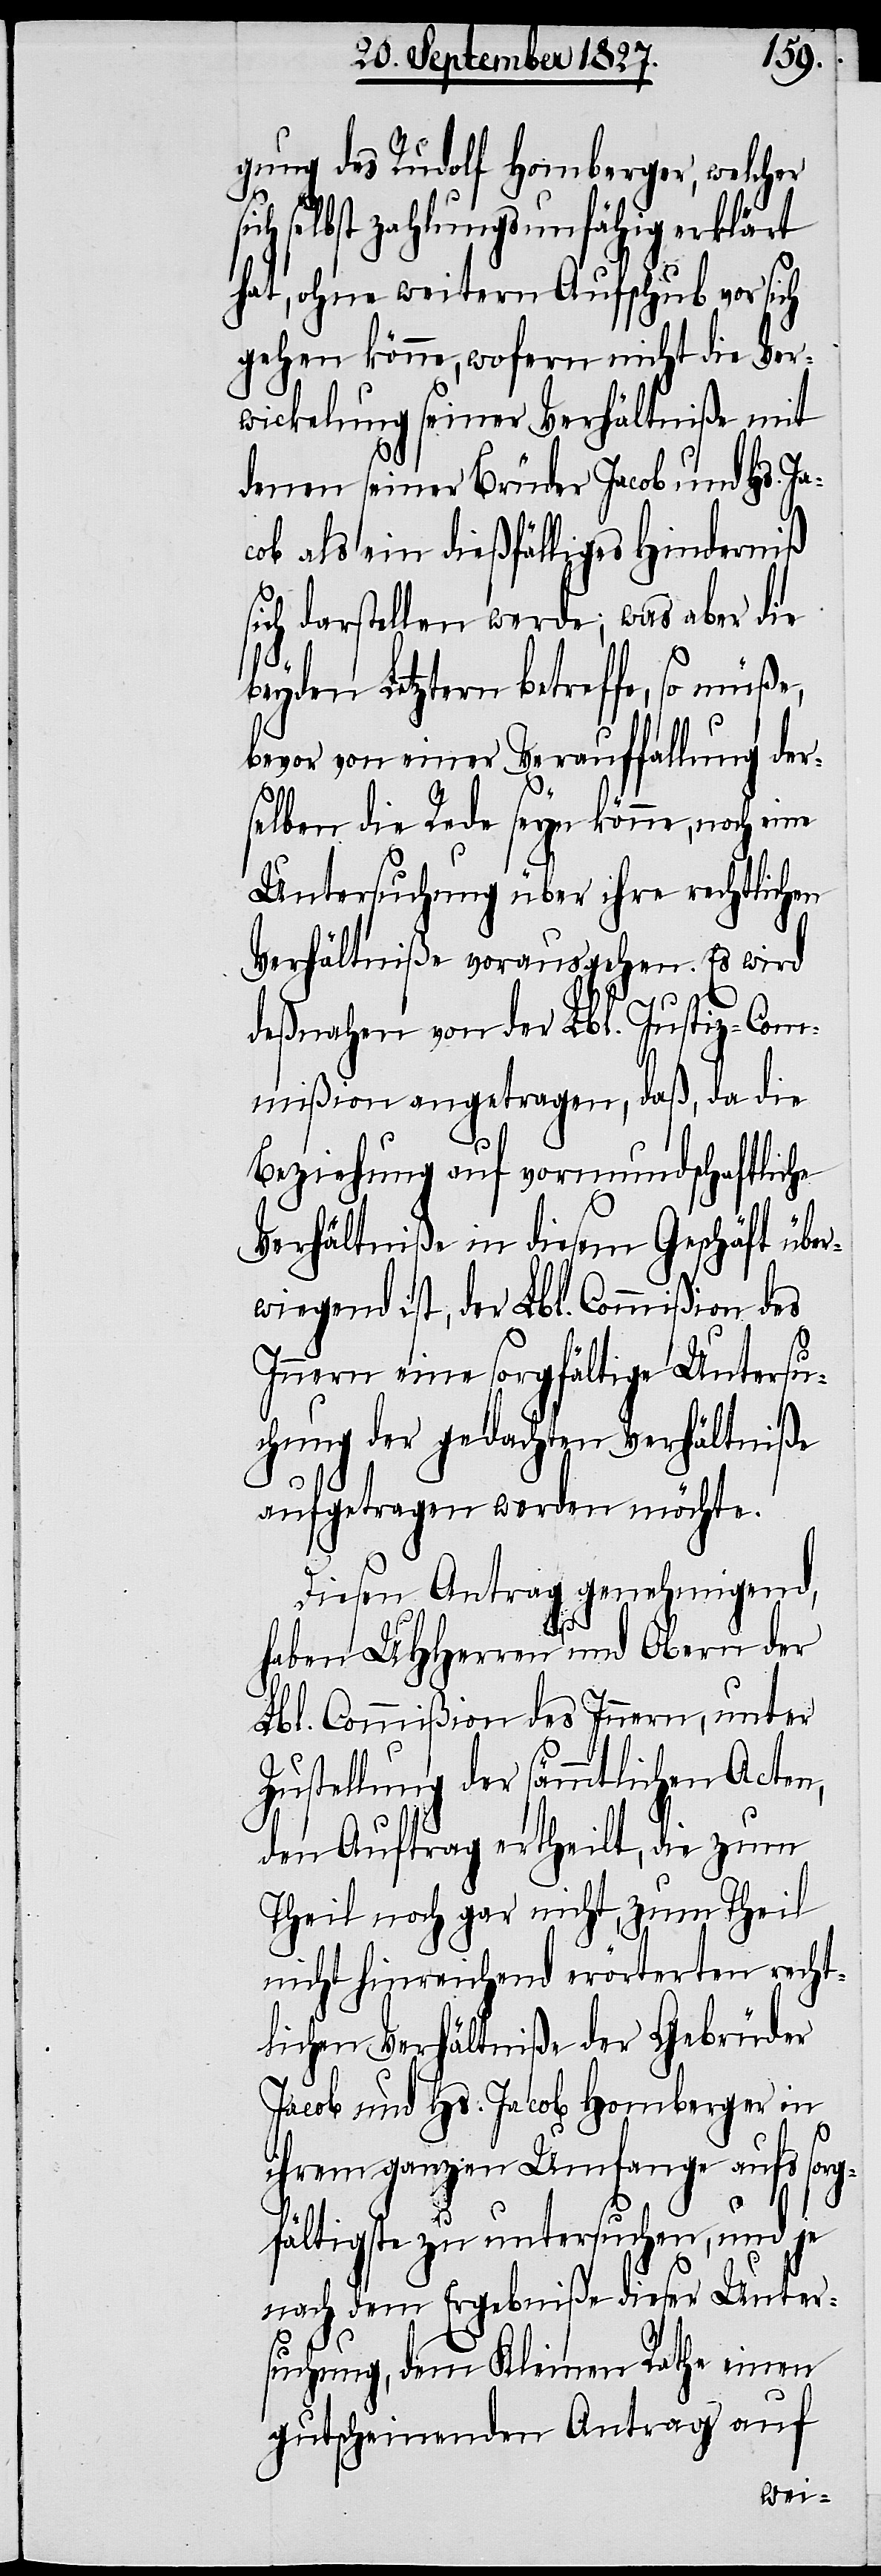
gung des Rudolf Homberger, welcher
selbst zahlungsunfähig erklärt
hat, ohne weitern Aufschub vor sich
gehen könne, wofern nicht die Ver¬
wickelung seiner Verhältniße mit
denen seiner Brüder Jacob und Hs. Ja¬
cob als ein dießfälliges Hinderniß
sich darstellen werde; was aber die
beyden Letztern betreffe, so müße,
bevor von einer Verauffallung der¬
selben die Rede seyn könne, noch eine
Untersuchung über ihre rechtlichen
Verhältniße vorausgehen. Es wird
deßnahen von der Lbl. Justiz-Com¬
mißion angetragen, daß, da die
Beziehung auf vormundschaftliche
Verhältniße in diesem Geschäft über¬
wiegend ist, der Lbl. Commißion des
Innern eine sorgfältige Untersu¬
chung der gedachten Verhältniße
aufgetragen werden möchte.
Diesen Antrag genehmigend,
haben UHHerren und Obern der
Lbl. Commißion des Innern, unter
Zustellung der sämmtlichen Acten,
den Auftrag ertheilt, die zum
Theil noch gar nicht, zum Theil
nicht hinreichend erörterten recht¬
lichen Verhältniße der Gebrüder
Jacob und Hs. Jacob Homberger in
ihrem ganzen Umfange aufs sorg¬
fältigste zu untersuchen, und je
nach dem Ergebniße dieser Unter¬
suchung, dem Kleinen Rathe einen
gutscheinenden Antrag auf